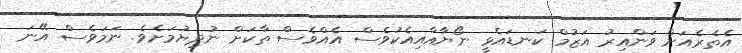
އެތެރެއަށް ވަންއިރު އަޒުމް ކަނޑައެޅީ ނޯޔާއާއިއެކުވެސް އެއްވެސް ތާކަށް ނުދިޔުމަށެވެ. ނަމަވެސް އޭނަ